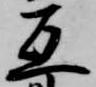
互